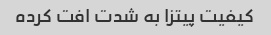
کیفیت پیتزا به شدت افت کرده